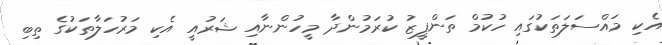
އެކި މައްސަލަތަކުގައި ހުކުމް ތަންފީޒު ކުރަމުންދާ މީހުންނާއި ޝަރުއީ އެކި މަރުހަލާތަކުގެ ތިބި